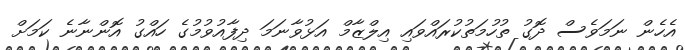
އެހެން ނަމަވެސް ދޮގު ތުހުމަތުކުރައްވައި އިލްޒާމް އަޅުވާނަމަ ދިފާއުވުމުގެ ހައްގު އޮންނާނެ ކަމަށް